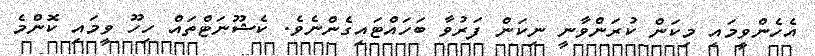
އެހެންވީމައި މިކަން ކުރަންވާނީ ނިކަން ފަރުވާ ބަހައްޓައިގެންނެވެ. ކެޝޫނަޓްތައް ހިހޫ ވީމައި ކޮންމެ